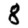
Digit: 8